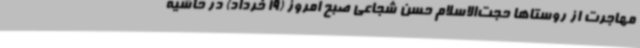
مهاجرت از روستاها حجت‌الاسلام حسن شجاعی صبح امروز (19 خرداد) در حاشیه